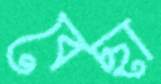
বেছা